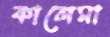
কালেমা